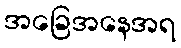
အခြေအနေအရ